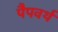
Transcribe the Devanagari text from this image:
पैपवर्थ